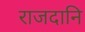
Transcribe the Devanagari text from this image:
राजदानि